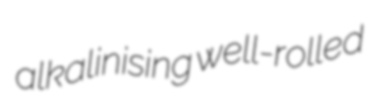
alkalinising well-rolled